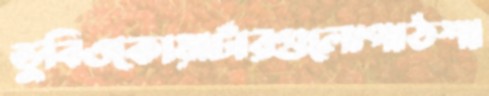
ডুবিওকোয়ার্টারগুলোপাঠশা